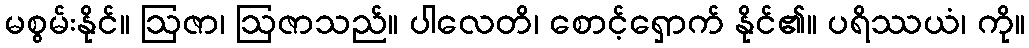
မစွမ်းနိုင်။ ဩဇာ၊ ဩဇာသည်။ ပါလေတိ၊ စောင့်ရှောက် နိုင်၏။ ပရိဿယံ၊ ကို။